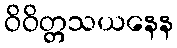
ဝိဝိတ္တသယနေန